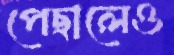
পেছালেও